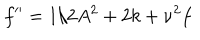
f ^ { \prime \prime } = 1 / 2 A ^ { 2 } + 2 k + \nu ^ { 2 } f